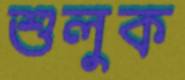
শুলুক